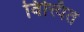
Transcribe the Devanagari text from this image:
वित्त्यित